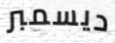
ديسمبر